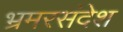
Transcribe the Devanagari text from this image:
भ्रमरसंदेश